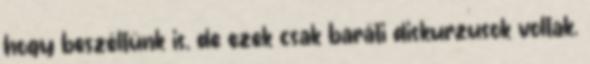
hogy beszéltünk is, de ezek csak baráti diskurzusok voltak.